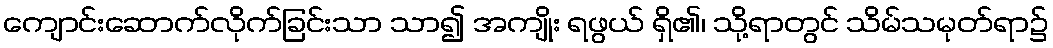
ကျောင်းဆောက်လိုက်ခြင်းသာ သာ၍ အကျိုး ရဖွယ် ရှိ၏၊ သို့ရာတွင် သိမ်သမုတ်ရာ၌